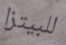
للبيتزا